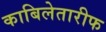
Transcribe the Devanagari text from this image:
काबिलेतारीफ